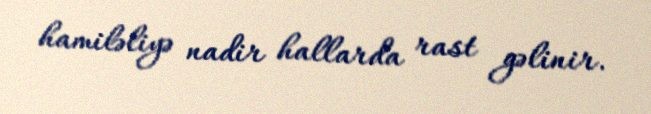
hamiləliyə nadir hallarda rast gəlinir.